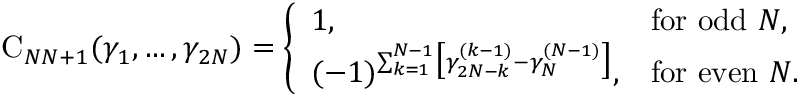
\begin{array} { r } { \mathrm C _ { N N + 1 } ( \gamma _ { 1 } , \dots , \gamma _ { 2 N } ) = \left\{ \begin{array} { l l } { 1 , } & { \mathrm { f o r ~ o d d } \ N , } \\ { ( - 1 ) ^ { \sum _ { k = 1 } ^ { N - 1 } \bigl [ \gamma _ { 2 N - k } ^ { ( k - 1 ) } - \gamma _ { N } ^ { ( N - 1 ) } \bigr ] } , } & { \mathrm { f o r ~ e v e n } \ N . } \end{array} \right. } \end{array}